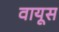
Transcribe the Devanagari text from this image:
वायूस